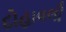
દોહાવલી